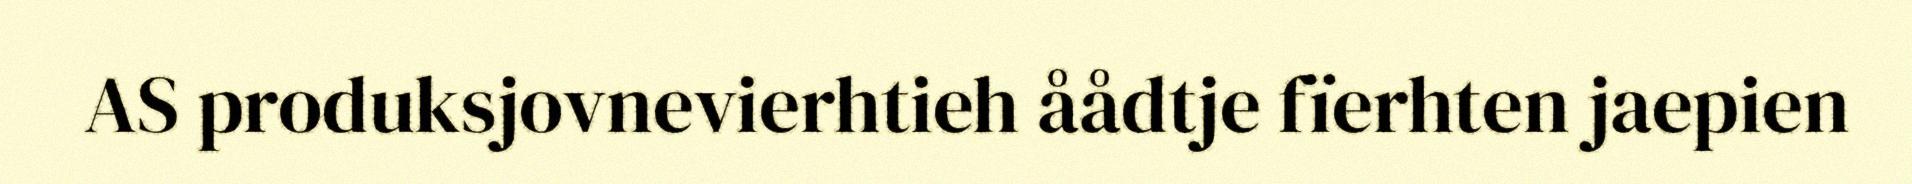
AS produksjovnevierhtieh åådtje fïerhten jaepien